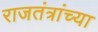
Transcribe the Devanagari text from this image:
राजतंत्रांच्या